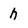
Character: h